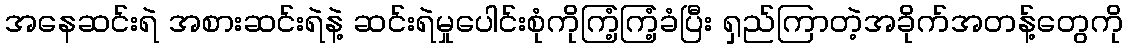
အနေဆင်းရဲ အစားဆင်းရဲနဲ့ ဆင်းရဲမှုပေါင်းစုံကိုကြံ့ကြံ့ခံပြီး ရှည်ကြာတဲ့အခိုက်အတန့်တွေကို